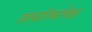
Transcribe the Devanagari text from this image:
उपचारिकाशिक्षा